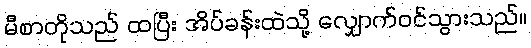
မီစာတိုသည် ထပြီး အိပ်ခန်းထဲသို့ လျှောက်ဝင်သွားသည်။